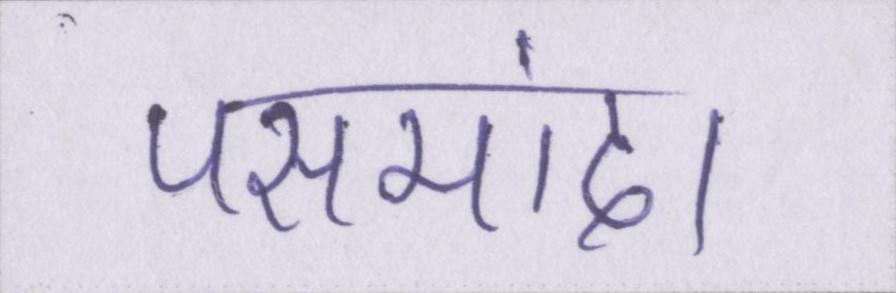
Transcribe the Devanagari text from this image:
पसमांदा